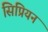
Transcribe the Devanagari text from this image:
सिप्रियन